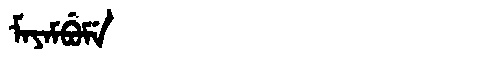
Manchu: ᠮᠠᠶᠠᠮᠪᡠᠮᡝ
Romanization: MAYAMBUME